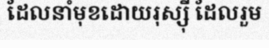
ដែលនាំមុខដោយរុស្ស៊ី ដែលរួម